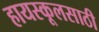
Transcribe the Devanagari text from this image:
हायस्कूलसाठी